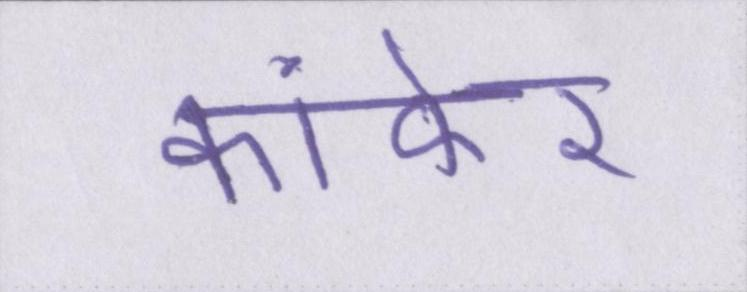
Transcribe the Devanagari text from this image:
कांकेर